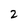
Character: 2